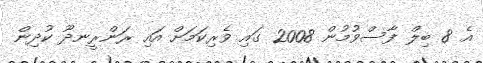
އެ 8 ބިލް ފާސްވުމުން 2008 ގައި ވެރިކަމަށް އައި ރަންރީނދޫ ކުދިން